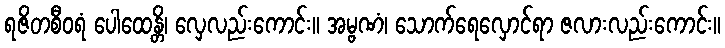
ရဇိတစီဝရံ ပေါထေန္တိ၊ လှေလည်းကောင်း။ အမ္ဗဏံ၊ သောက်ရေလှောင်ရာ ဇလားလည်းကောင်း။